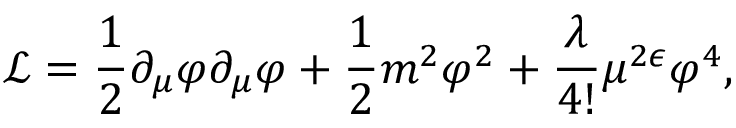
{ \mathcal L } = \frac { 1 } { 2 } \partial _ { \mu } \varphi \partial _ { \mu } \varphi + \frac { 1 } { 2 } m ^ { 2 } \varphi ^ { 2 } + \frac { \lambda } { 4 ! } \mu ^ { 2 \epsilon } \varphi ^ { 4 } ,